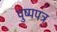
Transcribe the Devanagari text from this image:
पुष्पपत्र